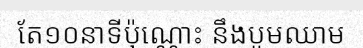
តែ១០នាទីប៉ុណ្ណោះ នឹងបូមឈាម